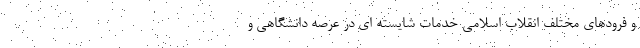
و فرودهای مختلف انقلاب اسلامی خدمات شایسته ای در عرصه دانشگاهی و